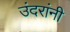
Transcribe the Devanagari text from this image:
उंदरांनी